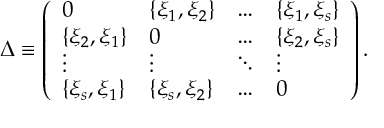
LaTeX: \Delta \equiv \left( \begin{array} { l l l l } { { 0 } } & { { \{ \xi _ { 1 } , \xi _ { 2 } \} } } & { { \ldots } } & { { \{ \xi _ { 1 } , \xi _ { s } \} } } \\ { { \{ \xi _ { 2 } , \xi _ { 1 } \} } } & { { 0 } } & { { \ldots } } & { { \{ \xi _ { 2 } , \xi _ { s } \} } } \\ { { \vdots } } & { { \vdots } } & { { \ddots } } & { { \vdots } } \\ { { \{ \xi _ { s } , \xi _ { 1 } \} } } & { { \{ \xi _ { s } , \xi _ { 2 } \} } } & { { \ldots } } & { { 0 } } \end{array} \right) .